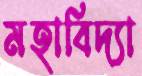
মহাবিদ্যা